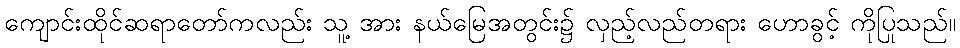
ကျောင်းထိုင်ဆရာတော်ကလည်း သူ့ အား နယ်မြေအတွင်း၌ လှည့်လည်တရား ဟောခွင့် ကိုပြုသည်။